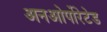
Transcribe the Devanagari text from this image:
अनओर्पोरेटेड